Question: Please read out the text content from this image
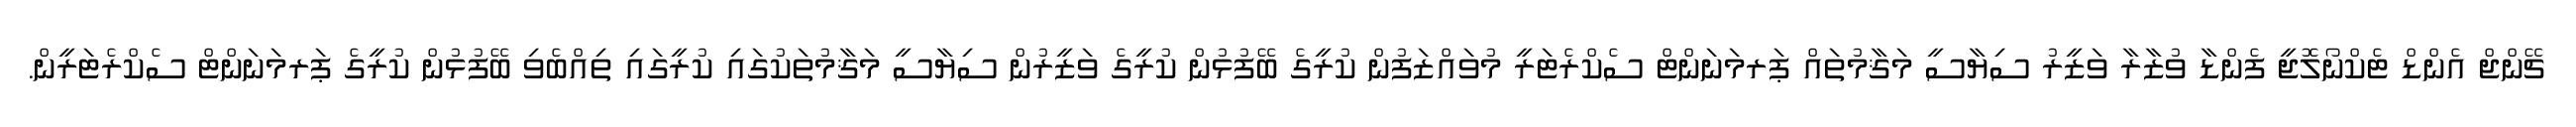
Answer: ޗޭންޖް އެންޑް ޓެކްނޯލޮޖީ ފެންޑާ ވުޒާރާ ވަޒީރު ސިޔާސީ މަޤާމުތައް ޕަރމަނަންޓް ސެކްރެޓަރީ މުވައްޒަފުން ކުރީގެ ބޭފުޅުން ކުރީގެ ވަޒީރުން ސިޔާސީ މަޤާމުތަކުގައި ކުރީގައި ތިއްބެވި ބޭފުޅުން ކުރީގެ ޕަރމަނަންޓް ސެކްރެޓަރީން.